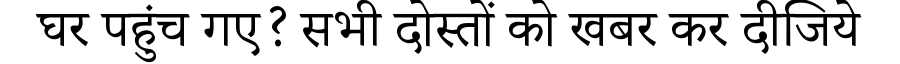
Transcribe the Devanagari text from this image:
घर पहुंच गए? सभी दोस्तों को खबर कर दीजिये